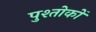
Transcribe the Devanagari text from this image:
पुश्तोकों